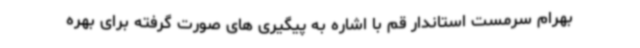
بهرام سرمست استاندار قم با اشاره به پیگیری های صورت گرفته برای بهره